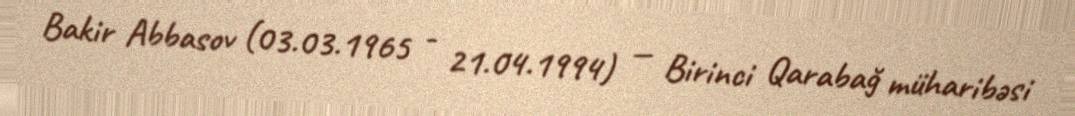
Bakir Abbasov (03.03.1965 - 21.04.1994) — Birinci Qarabağ müharibəsi